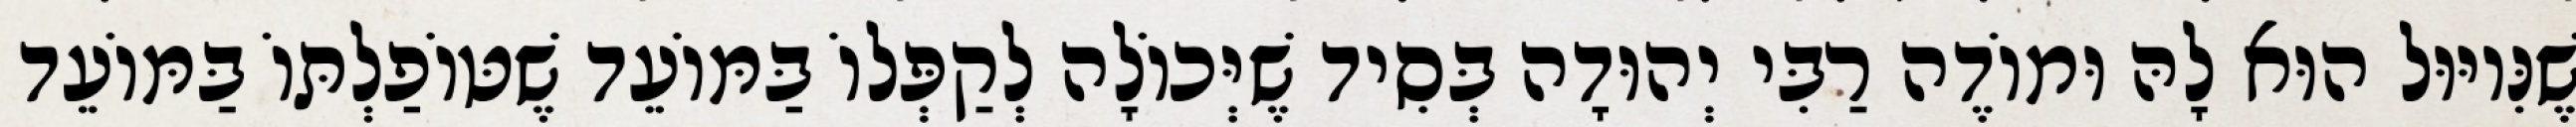
שֶׁנִּיוּוּל הוּא לָהּ וּמוֹדֶה רַבִּי יְהוּדָה בְּסִיד שֶׁיְּכוֹלָה לְקַפְּלוֹ בַּמּוֹעֵד שֶׁטּוֹפַלְתּוֹ בַּמּוֹעֵד